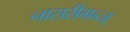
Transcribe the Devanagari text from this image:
नासरीगन्ज्